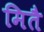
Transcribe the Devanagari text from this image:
मितै